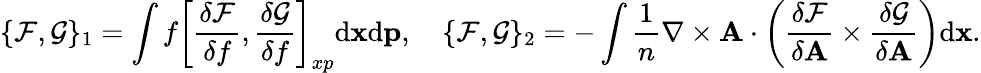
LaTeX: \{ \mathcal{F},\mathcal{G}\} _{1}=\int f\left[\frac{\delta\mathcal{F}}{\delta f},\frac{\delta\mathcal{G}}{\delta f}\right]_{xp}\mathrm{d}{\mathbf x}\mathrm{d}{\mathbf p},\quad\{ \mathcal{F},\mathcal{G}\} _{2}=-\int\frac{1}{n}\nabla\times\mathbf{A}\cdot\left(\frac{\delta\mathcal{F}}{\delta{\mathbf A}}\times\frac{\delta\mathcal{G}}{\delta{\mathbf A}}\right)\mathrm{d}{\mathbf x}.